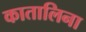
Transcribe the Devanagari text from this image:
कातालिना